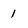
Character: 1